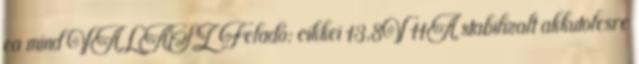
ea mind VÁLASZ Feladó: cikkei 13,8V 11A stabilizalt akkutolesre